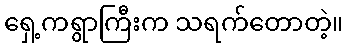
ရှေ့ကရွာကြီးက သရက်တောတဲ့။